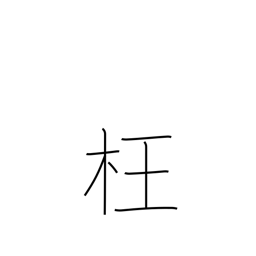
Meaning: perverse